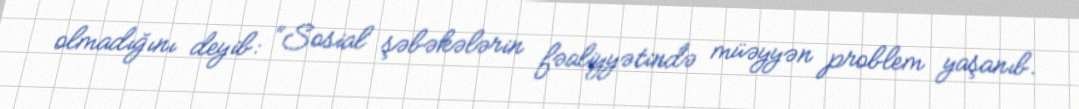
olmadığını deyib: “Sosial şəbəkələrin fəaliyyətində müəyyən problem yaşanıb.